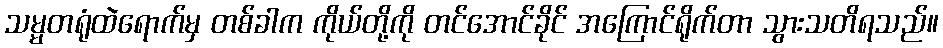
သမ္မတရုံထဲရောက်မှ တစ်ခါက ကိုယ်တို့ကို တင်အောင်ခိုင် အကြောင်ရိုက်တာ သွားသတိရသည်။